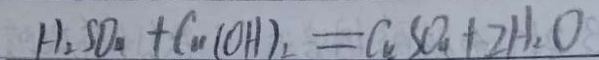
H _ { 2 } S O _ { 4 } + C u ( O H ) _ { 2 } = C u S O _ { 4 } + 2 H _ { 2 } O